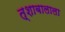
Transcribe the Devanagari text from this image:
त्शाबालाला